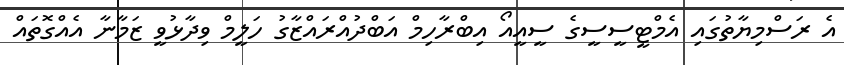
އެ ރަސްމިޔާތުގައި އެމްޓީސީސީގެ ސީއީއޯ އިބްރާހިމް އަބްދުއްރައްޒާގު ހަލީމް ވިދާޅުވީ ޒަމާނާ އެއްގޮތައް